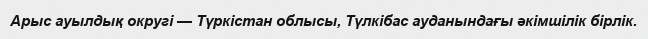
Арыс ауылдық округі — Түркістан облысы, Түлкібас ауданындағы әкімшілік бірлік.